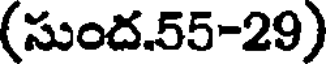
(సుంద.55-29)